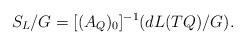
LaTeX: \begin{align*}S_L/G = [(A_Q)_0]^{-1}(dL(TQ)/G).\end{align*}